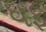
ધફ